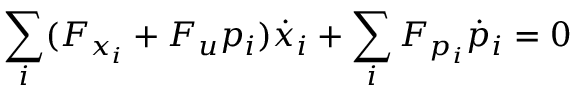
\sum _ { i } ( F _ { x _ { i } } + F _ { u } p _ { i } ) { \dot { x } } _ { i } + \sum _ { i } F _ { p _ { i } } { \dot { p } } _ { i } = 0